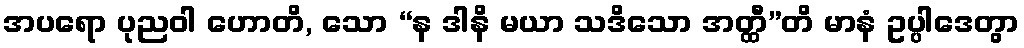
အပရော ပုညဝါ ဟောတိ, သော “န ဒါနိ မယာ သဒိသော အတ္ထီ”တိ မာနံ ဥပ္ပါဒေတွာ